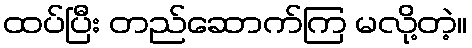
ထပ်ပြီး တည်ဆောက်ကြ မလို့တဲ့။